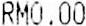
RM0.00